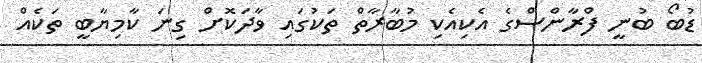
ޑުބޯ ބުނީ ފްރާންސްގެ އެކިއެކި މުބާރާތް ތަކުގައި ވާދަކޮށް ގިނަ ކާމިޔާބީ ތަކެއް